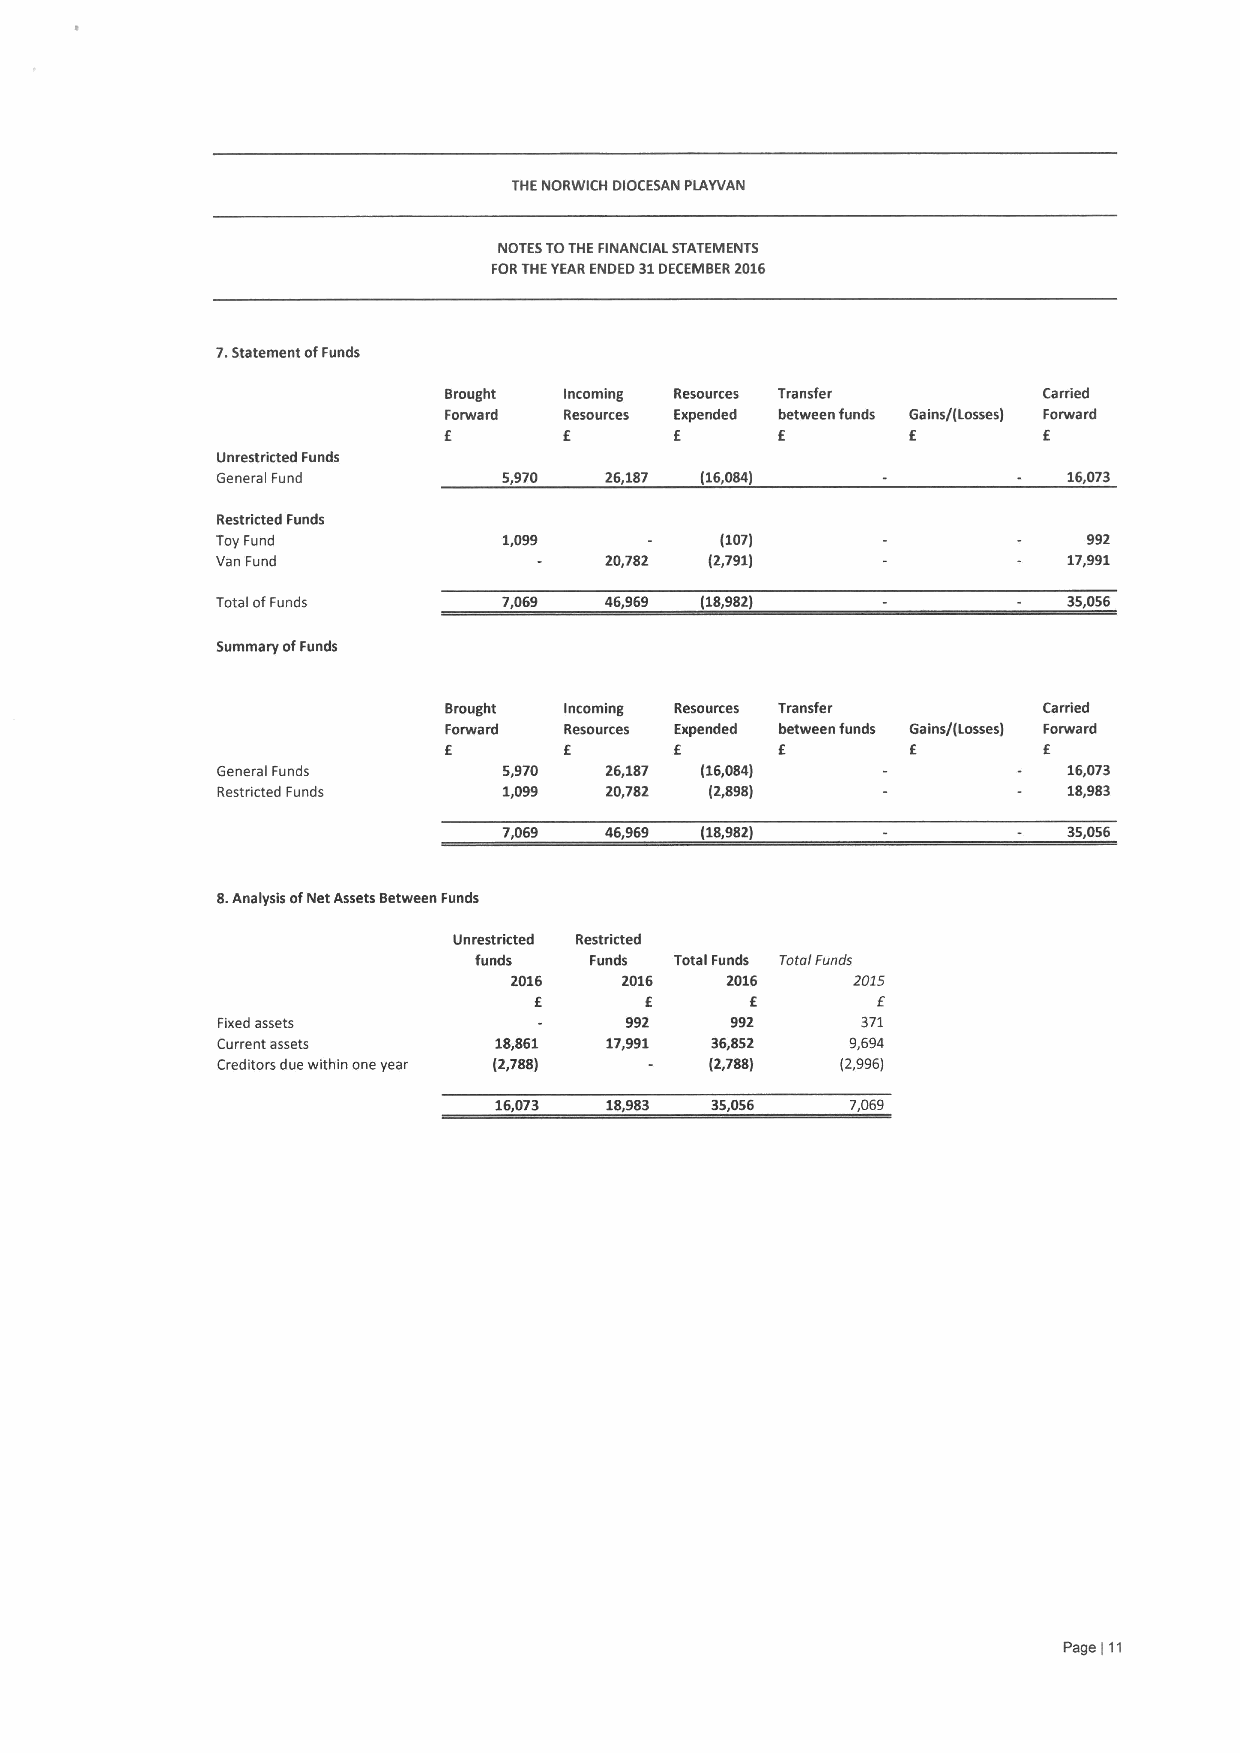
THENORWICH DIOCESAN PLAYVAN
 NOTESTOTHEFINANCIAL STATEMENTS
 FORTHEYEARENDED 31DECEMBER2016
 7.Statement ofFunds
 Brought Incoming Resources Transfer     Carried
 Forward Resources Expended between funds Gains/(Losses) Forward
 f               f      f       f        f
 Unrestricted Funds
 General Fund       5,970  26,187 (16,084)                16,073
 Restricted Funds
 Toy Fund           1,099          (107)                   992
 Van Fund                  20,782 (2,791)                 17,991
 Total ofFunds      7,069  46,969 (18,982)                35,056
 Summary ofFunds
 Brought Incoming Resources Transfer     Carried
 Forward Resources Expended between funds Gains/(Losses) Forward
 f       f       f              f        f
 E
 GeneralFunds       5,970  26,187 (16,084)                16,073
 Restricted Funds   1,099  20,782 (2,898)                 18,983
 7,069  46,969 (18,982)                35,056
 8.Analysis ofNet Assets Between Funds
 Unrestricted Restricted
 funds   Funds Total Funds Total Funds
 2016   2016   2016    2015
 f              f       f
 E
 Fixed assets               992    992      371
 Current assets     18,861 17,991 36,852   9,694
 Creditors due within one year (2,788) (2,788) (2,996)
 16,073 18,983 35,056   7,069
 Page 11
 (